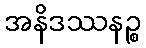
အနိဒဿနဉ္စ